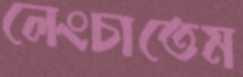
লেংচাতেম